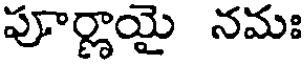
పూర్జాయై నమః